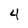
Character: 4